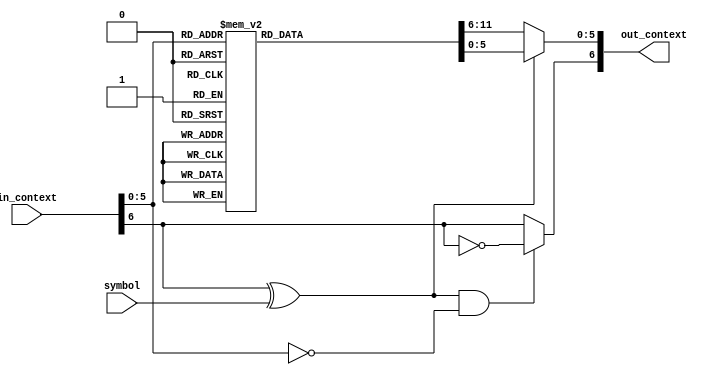
//-----------------------------------------------------------------------------------------------------------------------------
//
//  COPYRIGHT (C) 2011, VIPcore Group, Fudan University
//
//  THIS FILE MAY NOT BE MODIFIED OR REDISTRIBUTED WITHOUT THE
//  EXPRESSED WRITTEN CONSENT OF VIPcore Group
//
//  VIPcore       : http://soc.fudan.edu.cn/vip
//  IP Owner      : Yibo FAN
//  Contact       : fanyibo@fudan.edu.cn
//-----------------------------------------------------------------------------------------------------------------------------
// Description    : update context table
// DATA & EDITION:  2017/12/26    from waseda
//                  2018/3/01   edit by liwei
// $Id$
//-----------------------------------------------------------------------------------------------------------------------------


module cabac_ucontext_t(
           in_context,
           symbol,
           out_context
       );


//input and output signals //{
input       [6:0]   in_context;
input               symbol;
output  wire[6:0]   out_context;
//}


//signals //{
wire                mps_t;
wire        [5:0]   pstateidx;
wire                mps_lps;
wire                next_mps;
reg         [5:0]   next_state_lps;
reg         [5:0]   next_state_mps;
wire        [5:0]   next_pstateidx;
//}


//logic //{
assign mps_t            =   in_context[6];
assign pstateidx        =   in_context[5:0];
assign mps_lps          =   mps_t ^ symbol;
assign next_mps         =   mps_lps && (pstateidx == 0) ? ~mps_t : mps_t;
assign next_pstateidx   =   mps_lps ? next_state_lps : next_state_mps;
assign out_context      =   {next_mps, next_pstateidx};

always @(*) //next_state_lps, next_state_mps
begin
    next_state_lps = 6'b111111;
    next_state_mps = 6'b111111;
    case (pstateidx)
        6'b0 :
        begin
            next_state_lps = 6'b0;
            next_state_mps = 6'b1;
        end
        6'b1 :
        begin
            next_state_lps = 6'b0;
            next_state_mps = 6'b10;
        end
        6'b10 :
        begin
            next_state_lps = 6'b1;
            next_state_mps = 6'b11;
        end
        6'b11 :
        begin
            next_state_lps = 6'b10;
            next_state_mps = 6'b100;
        end
        6'b100 :
        begin
            next_state_lps = 6'b10;
            next_state_mps = 6'b101;
        end
        6'b101 :
        begin
            next_state_lps = 6'b100;
            next_state_mps = 6'b110;
        end
        6'b110 :
        begin
            next_state_lps = 6'b100;
            next_state_mps = 6'b111;
        end
        6'b111 :
        begin
            next_state_lps = 6'b101;
            next_state_mps = 6'b1000;
        end
        6'b1000 :
        begin
            next_state_lps = 6'b110;
            next_state_mps = 6'b1001;
        end
        6'b1001 :
        begin
            next_state_lps = 6'b111;
            next_state_mps = 6'b1010;
        end
        6'b1010 :
        begin
            next_state_lps = 6'b1000;
            next_state_mps = 6'b1011;
        end
        6'b1011 :
        begin
            next_state_lps = 6'b1001;
            next_state_mps = 6'b1100;
        end
        6'b1100 :
        begin
            next_state_lps = 6'b1001;
            next_state_mps = 6'b1101;
        end
        6'b1101 :
        begin
            next_state_lps = 6'b1011;
            next_state_mps = 6'b1110;
        end
        6'b1110 :
        begin
            next_state_lps = 6'b1011;
            next_state_mps = 6'b1111;
        end
        6'b1111 :
        begin
            next_state_lps = 6'b1100;
            next_state_mps = 6'b10000;
        end
        6'b10000 :
        begin
            next_state_lps = 6'b1101;
            next_state_mps = 6'b10001;
        end
        6'b10001 :
        begin
            next_state_lps = 6'b1101;
            next_state_mps = 6'b10010;
        end
        6'b10010 :
        begin
            next_state_lps = 6'b1111;
            next_state_mps = 6'b10011;
        end
        6'b10011 :
        begin
            next_state_lps = 6'b1111;
            next_state_mps = 6'b10100;
        end
        6'b10100 :
        begin
            next_state_lps = 6'b10000;
            next_state_mps = 6'b10101;
        end
        6'b10101 :
        begin
            next_state_lps = 6'b10000;
            next_state_mps = 6'b10110;
        end
        6'b10110 :
        begin
            next_state_lps = 6'b10010;
            next_state_mps = 6'b10111;
        end
        6'b10111 :
        begin
            next_state_lps = 6'b10010;
            next_state_mps = 6'b11000;
        end
        6'b11000 :
        begin
            next_state_lps = 6'b10011;
            next_state_mps = 6'b11001;
        end
        6'b11001 :
        begin
            next_state_lps = 6'b10011;
            next_state_mps = 6'b11010;
        end
        6'b11010 :
        begin
            next_state_lps = 6'b10101;
            next_state_mps = 6'b11011;
        end
        6'b11011 :
        begin
            next_state_lps = 6'b10101;
            next_state_mps = 6'b11100;
        end
        6'b11100 :
        begin
            next_state_lps = 6'b10110;
            next_state_mps = 6'b11101;
        end
        6'b11101 :
        begin
            next_state_lps = 6'b10110;
            next_state_mps = 6'b11110;
        end
        6'b11110 :
        begin
            next_state_lps = 6'b10111;
            next_state_mps = 6'b11111;
        end
        6'b11111 :
        begin
            next_state_lps = 6'b11000;
            next_state_mps = 6'b100000;
        end
        6'b100000 :
        begin
            next_state_lps = 6'b11000;
            next_state_mps = 6'b100001;
        end
        6'b100001 :
        begin
            next_state_lps = 6'b11001;
            next_state_mps = 6'b100010;
        end
        6'b100010 :
        begin
            next_state_lps = 6'b11010;
            next_state_mps = 6'b100011;
        end
        6'b100011 :
        begin
            next_state_lps = 6'b11010;
            next_state_mps = 6'b100100;
        end
        6'b100100 :
        begin
            next_state_lps = 6'b11011;
            next_state_mps = 6'b100101;
        end
        6'b100101 :
        begin
            next_state_lps = 6'b11011;
            next_state_mps = 6'b100110;
        end
        6'b100110 :
        begin
            next_state_lps = 6'b11100;
            next_state_mps = 6'b100111;
        end
        6'b100111 :
        begin
            next_state_lps = 6'b11101;
            next_state_mps = 6'b101000;
        end
        6'b101000 :
        begin
            next_state_lps = 6'b11101;
            next_state_mps = 6'b101001;
        end
        6'b101001 :
        begin
            next_state_lps = 6'b11110;
            next_state_mps = 6'b101010;
        end
        6'b101010 :
        begin
            next_state_lps = 6'b11110;
            next_state_mps = 6'b101011;
        end
        6'b101011 :
        begin
            next_state_lps = 6'b11110;
            next_state_mps = 6'b101100;
        end
        6'b101100 :
        begin
            next_state_lps = 6'b11111;
            next_state_mps = 6'b101101;
        end
        6'b101101 :
        begin
            next_state_lps = 6'b100000;
            next_state_mps = 6'b101110;
        end
        6'b101110 :
        begin
            next_state_lps = 6'b100000;
            next_state_mps = 6'b101111;
        end
        6'b101111 :
        begin
            next_state_lps = 6'b100001;
            next_state_mps = 6'b110000;
        end
        6'b110000 :
        begin
            next_state_lps = 6'b100001;
            next_state_mps = 6'b110001;
        end
        6'b110001 :
        begin
            next_state_lps = 6'b100001;
            next_state_mps = 6'b110010;
        end
        6'b110010 :
        begin
            next_state_lps = 6'b100010;
            next_state_mps = 6'b110011;
        end
        6'b110011 :
        begin
            next_state_lps = 6'b100010;
            next_state_mps = 6'b110100;
        end
        6'b110100 :
        begin
            next_state_lps = 6'b100011;
            next_state_mps = 6'b110101;
        end
        6'b110101 :
        begin
            next_state_lps = 6'b100011;
            next_state_mps = 6'b110110;
        end
        6'b110110 :
        begin
            next_state_lps = 6'b100011;
            next_state_mps = 6'b110111;
        end
        6'b110111 :
        begin
            next_state_lps = 6'b100100;
            next_state_mps = 6'b111000;
        end
        6'b111000 :
        begin
            next_state_lps = 6'b100100;
            next_state_mps = 6'b111001;
        end
        6'b111001 :
        begin
            next_state_lps = 6'b100100;
            next_state_mps = 6'b111010;
        end
        6'b111010 :
        begin
            next_state_lps = 6'b100101;
            next_state_mps = 6'b111011;
        end
        6'b111011 :
        begin
            next_state_lps = 6'b100101;
            next_state_mps = 6'b111100;
        end
        6'b111100 :
        begin
            next_state_lps = 6'b100101;
            next_state_mps = 6'b111101;
        end
        6'b111101 :
        begin
            next_state_lps = 6'b100110;
            next_state_mps = 6'b111110;
        end
        6'b111110 :
        begin
            next_state_lps = 6'b100110;
            next_state_mps = 6'b111110;
        end
        default:
        begin
            next_state_lps = 6'b111111;
            next_state_mps = 6'b111111;
        end
    endcase
end
//}

endmodule